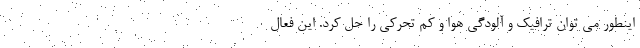
اینطور می توان ترافیک و آلودگی هوا و کم تحرکی را حل کرد. این فعال